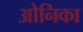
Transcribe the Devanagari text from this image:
ओनिका